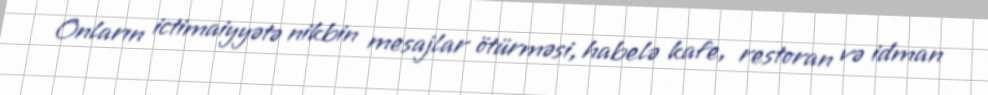
Onların ictimaiyyətə nikbin mesajlar ötürməsi, habelə kafe, restoran və idman